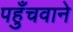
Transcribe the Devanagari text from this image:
पहुँचवाने